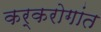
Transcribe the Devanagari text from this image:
कर्करोगांत